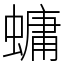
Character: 䗤